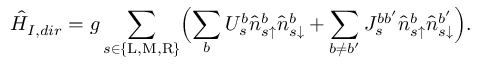
\hat { H } _ { I , d i r } = g \sum _ { s \in \{ \mathrm { L } , \mathrm { M } , \mathrm { R } \} } \Bigl ( \sum _ { b } U _ { s } ^ { b } \hat { n } _ { s \uparrow } ^ { b } \hat { n } _ { s \downarrow } ^ { b } + \sum _ { b \neq b ^ { \prime } } J _ { s } ^ { b b ^ { \prime } } \hat { n } _ { s \uparrow } ^ { b } \hat { n } _ { s \downarrow } ^ { b ^ { \prime } } \Bigr ) .